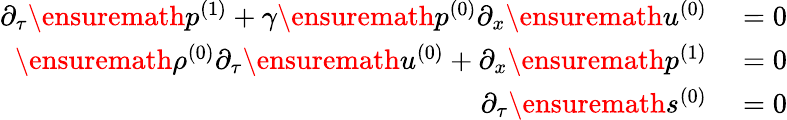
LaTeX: \begin{array}{rl}{\partial_{\tau}\ensuremath{p^{(1)}}+\gamma\ensuremath{p^{(0)}}\partial_{x}\ensuremath{u^{(0)}}}&{{}=0}\\ {\ensuremath{\rho^{(0)}}\partial_{\tau}\ensuremath{u^{(0)}}+\partial_{x}\ensuremath{p^{(1)}}}&{{}=0}\\ {\partial_{\tau}\ensuremath{s^{(0)}}}&{{}=0}\end{array}